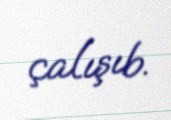
çalışıb.